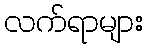
လက်ရာများ